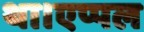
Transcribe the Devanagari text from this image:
था।एप्पल